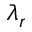
\lambda _ { r }